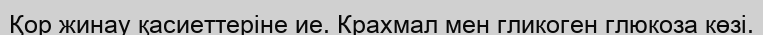
Қор жинау қасиеттеріне ие. Крахмал мен гликоген глюкоза көзі.